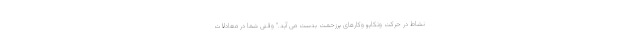
نشاط در حرکت وتکاپو وکارهای پرزحمت بدست می آید." وقتی شما در معادلات